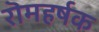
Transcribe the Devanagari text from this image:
रॊमहर्षक